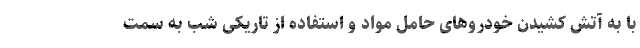
با به آتش کشیدن خودروهای حامل مواد و استفاده از تاریکی شب به سمت